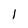
Character: 1